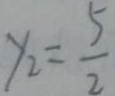
y _ { 2 } = \frac { 5 } { 2 }